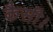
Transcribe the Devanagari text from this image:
कैसी।